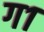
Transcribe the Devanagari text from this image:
ग१